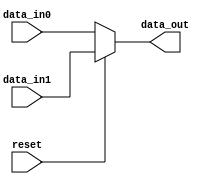
`timescale 1ns / 1ps
//////////////////////////////////////////////////////////////////////////////////
// Company: 
// Engineer: 
// 
// Design Name: 
// Module Name: Muxdata
// Project Name: 
// Target Devices: 
// Tool Versions: 
// Description: 
// 
// Dependencies: 
// 
// Revision:
// Revision 0.01 - File Created
// Additional Comments:
// 
//////////////////////////////////////////////////////////////////////////////////


module Muxdata(
    input [63:0] data_in0,
    input [63:0] data_in1,
    input reset,
    output reg [63:0] data_out
    );
 always @(data_in0 or data_in1 or reset)
 if (reset== 0)
 data_out = data_in0;
 else data_out = data_in1;
endmodule